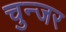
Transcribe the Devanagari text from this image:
चुन्जर